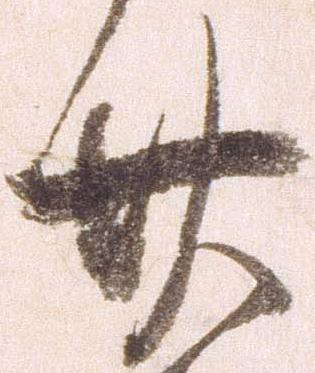
廿